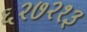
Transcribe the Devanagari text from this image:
६२७२१३